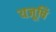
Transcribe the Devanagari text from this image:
यजूषि